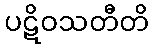
ပဋိဝသတီတိ